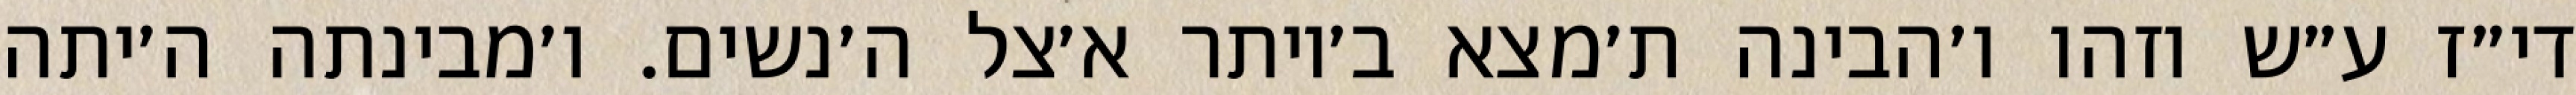
די״ז ע״ש וזהו ו׳הבינה ת׳מצא ב׳יותר א׳צל ה׳נשים. ו׳מבינתה ה׳יתה